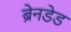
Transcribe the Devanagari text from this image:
ब्रेनडेड